Report on the nature of kala-azar
Disease focus: Kala-Azar
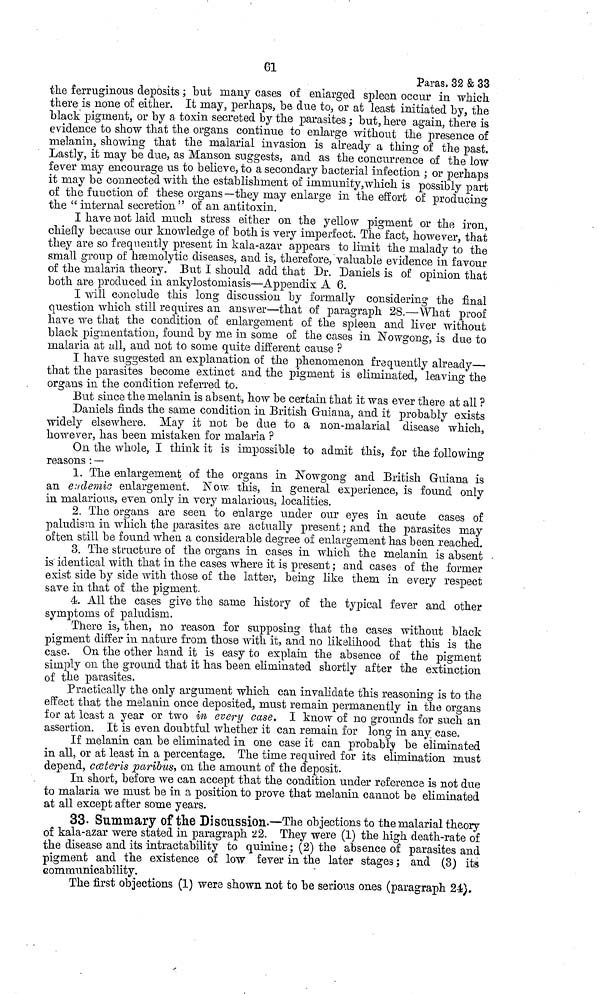
61
Paras. 32 & 33
the ferruginous deposits ; but many cases of enlarged spleen occur in which
there is none of either. It may, perhaps, be due to, or at least initiated by, the
black pigment, or by a toxin secreted by the parasites ; but, here again, there is
evidence to show that the organs continue to enlarge without the presence of
melanin, showing that the malarial invasion is already a thing of the past.
Lastly, it may be due, as Manson suggests, and as the concurrence of the low
fever may encourage us to believe, to a secondary bacterial infection ; or perhaps
it may be connected with the establishment of immunity, which is possibly part
of the function of these organs —they may enlarge in the effort of producing
the "internal secretion" of an antitoxin.
I have not laid much stress either on the yellow pigment or the iron,
chiefly because our knowledge of both is very imperfect. The fact, however, that
they are so frequently present in kala-azar appears to limit the malady to the
small group of hæmolytic diseases, and is, therefore, valuable evidence in favour
of the malaria theory. But I should add that Dr. Daniels is of opinion that
both are produced in ankylostomiasis—Appendix A 6.
I will conclude this long discussion by formally considering the final
question which still requires an answer—that of paragraph 28.—What proof
have we that the condition of enlargement of the spleen and liver without
black pigmentation, found by me in some of the cases in Nowgong, is due to
malaria at all, and not to some quite different cause ?
I have suggested an explanation of the phenomenon frequently already—
that the parasites become extinct and the pigment is eliminated, leaving the
organs in the condition referred to.
But since the melanin is absent, how be certain that it was ever there at all ?
Daniels finds the same condition in British Guiana, and it probably exists
widely elsewhere. May it not be due to a non-malarial disease which,
however, has been mistaken for malaria ?
On the whole, I think it is impossible to admit this, for the following
reasons : —
1. The enlargement of the organs in Nowgong and British Guiana is
an endemic enlargement. Now this, in general experience, is found only
in malarious, even only in very malarious, localities.
2. The organs are seen to enlarge under our eyes in acute cases of
paludism in which the parasites are actually present ; and the parasites may
often still be found when a considerable degree of enlargement has been reached.
3. The structure of the organs in cases in which the melanin is absent
is identical with that in the cases where it is present ; and cases of the former
exist side by side with those of the latter, being like them in every respect
save in that of the pigment.
4. All the cases give the same history of the typical fever and other
symptoms of paludism.
There is, then, no reason for supposing that the cases without black
pigment differ in nature from those with it, and no likelihood that this is the
case. On the other hand it is easy to explain the absence of the pigment
simply on the ground that it has been eliminated shortly after the extinction
of the parasites.
Practically the only argument which can invalidate this reasoning is to the
effect that the melanin once deposited, must remain permanently in the organs
for at least a year or two in every case. I know of no grounds for such an
assertion. It is even doubtful whether it can remain for long in any case.
If melanin can be eliminated in one case it can probably be eliminated
in all, or at least in a percentage. The time required for its elimination must
depend, cæteris paribus, on the amount of the deposit.
In short, before we can accept that the condition under reference is not due
to malaria we must be in a position to prove that melanin cannot be eliminated
at all except after some years.
33. Summary of the Discussion.—The objections to the malarial theory
of kala-azar were stated in paragraph 22. They were (1) the high death-rate of
the disease and its intractability to quinine ; (2) the absence of parasites and
pigment and the existence of low fever in the later stages ; and (3) its
communicability.
The first objections (1) were shown not to be serious ones (paragraph 24).